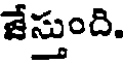
జేస్తుంది.